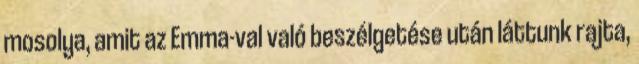
mosolya, amit az Emma-val való beszélgetése után láttunk rajta,